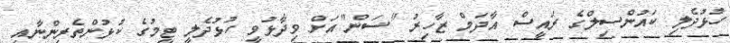
ހުޅުދެލި ކައުންސިލްގެ ރައީސް އާދަމް ޒާހިރު "ސަން"އަށް ވިދާޅުވީ ހުޅުދެލީ ޓީމުގެ ކުޅުންތެރިންނާއި